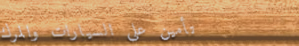
تأمين على السيارات والمرك